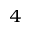
_ 4